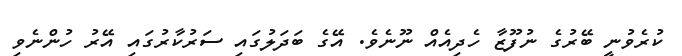
ކުރެވުނީ ބޭރުގެ ނުފޫޒާ ހެދިއެއް ނޫނެވެ. އޭގެ ބަދަލުގައި ސަރުކާރުގައި އޭރު ހުންނެވި